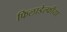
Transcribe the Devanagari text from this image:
फिलाडेल्फीया